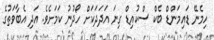
ހިމެނޭ ޑައިމަންޑް ބެކް ސްކުއިޑް ގިނަ އަދަދަކަށް ހޯދުނު ކަމަށެވެ. އަދި އެބާވަތުގެ